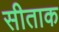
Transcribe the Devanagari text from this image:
सीताक